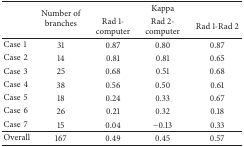
| <ROWSPAN=2>  | <ROWSPAN=2> Number of branches | <COLSPAN=3> Kappa |
 | Rad 1-computer | Rad 2-computer | Rad 1-Rad 2 |
 | --- | --- | --- | --- | --- |
 | Case1 | 31 | 0.87 | 0.80 | 0.87 |
 | Case2 | 14 | 0.81 | 0.81 | 0.65 |
 | Case3 | 25 | 0.68 | 0.51 | 0.68 |
 | Case4 | 38 | 0.56 | 0.50 | 0.61 |
 | Case5 | 18 | 0.24 | 0.33 | 0.67 |
 | Case6 | 26 | 0.21 | 0.32 | 0.18 |
 | Case7 | 15 | 0.04 | −0.13 | 0.33 |
 | Overall | 167 | 0.49 | 0.45 | 0.57 |